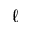
\ell